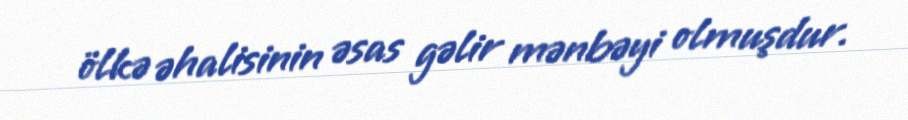
ölkə əhalisinin əsas gəlir mənbəyi olmuşdur.